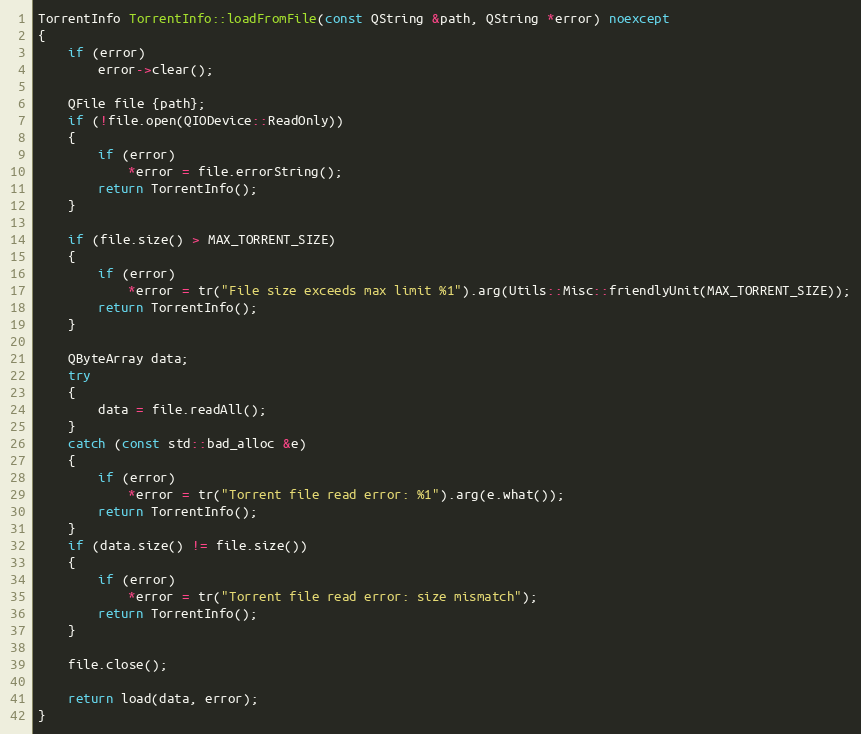
Language: C++
TorrentInfo TorrentInfo::loadFromFile(const QString &path, QString *error) noexcept
{
    if (error)
        error->clear();

    QFile file {path};
    if (!file.open(QIODevice::ReadOnly))
    {
        if (error)
            *error = file.errorString();
        return TorrentInfo();
    }

    if (file.size() > MAX_TORRENT_SIZE)
    {
        if (error)
            *error = tr("File size exceeds max limit %1").arg(Utils::Misc::friendlyUnit(MAX_TORRENT_SIZE));
        return TorrentInfo();
    }

    QByteArray data;
    try
    {
        data = file.readAll();
    }
    catch (const std::bad_alloc &e)
    {
        if (error)
            *error = tr("Torrent file read error: %1").arg(e.what());
        return TorrentInfo();
    }
    if (data.size() != file.size())
    {
        if (error)
            *error = tr("Torrent file read error: size mismatch");
        return TorrentInfo();
    }

    file.close();

    return load(data, error);
}